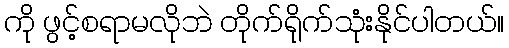
ကို ဖွင့်စရာမလိုဘဲ တိုက်ရိုက်သုံးနိုင်ပါတယ်။